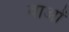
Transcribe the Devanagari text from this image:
वाओं